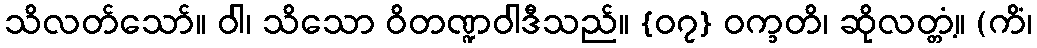
သိလတ်သော်။ ဝါ၊ သိသော ဝိတဏ္ဍဝါဒီသည်။ {၀၇} ဝက္ခတိ၊ ဆိုလတ္တံ့။ (ကိံ၊